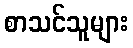
စာသင်သူများ